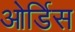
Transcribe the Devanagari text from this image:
ओर्डिस